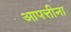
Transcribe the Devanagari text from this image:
आपत्तीना